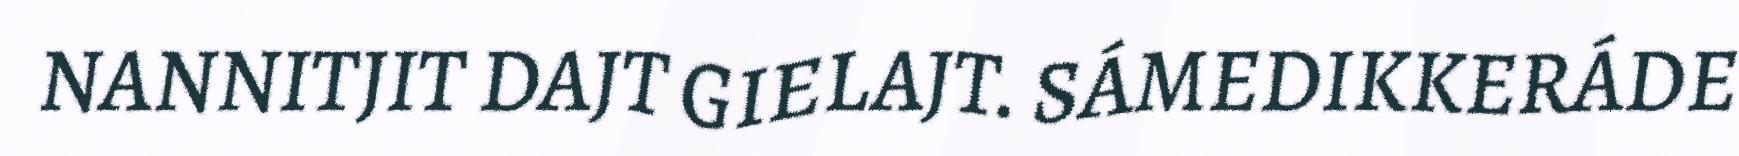
NANNITJIT DAJT GIELAJT. SÁMEDIKKERÁDE